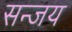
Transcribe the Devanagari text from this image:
सन्जय